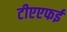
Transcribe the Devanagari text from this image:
टीएएफई